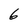
Character: 6